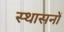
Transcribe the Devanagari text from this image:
स्थासनों